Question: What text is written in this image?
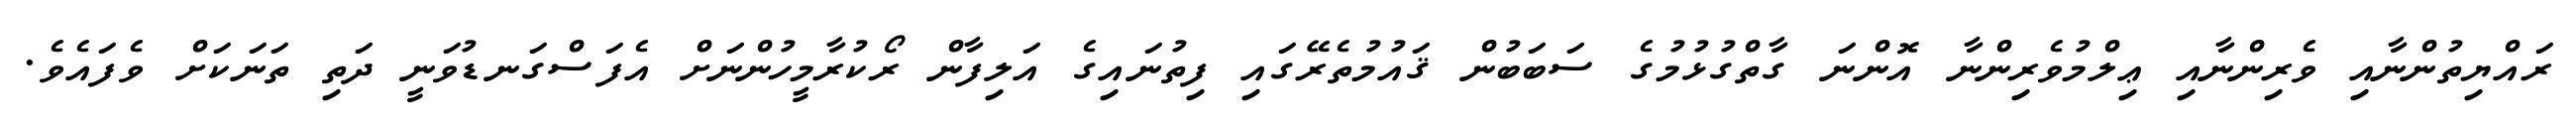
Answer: ރައްޔިތުންނާއި ވެރިންނާއި ޢިލްމުވެރިންނާ އޮންނަ ގާތްގުޅުމުގެ ސަބަބުން ޤައުމުތެރޭގައި ފިތުނައިގެ އަލިފާން ރޯކުރާމީހުންނަށް އެފަސްގަނޑުވަނީ ދަތި ތަނަކަށް ވެފައެވެ.